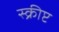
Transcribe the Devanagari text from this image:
स्क्रीप्ट